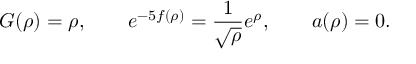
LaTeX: G ( \rho ) = \rho , \qquad e ^ { - 5 f ( \rho ) } = \frac { 1 } { \sqrt { \rho } } e ^ { \rho } , \qquad a ( \rho ) = 0 .